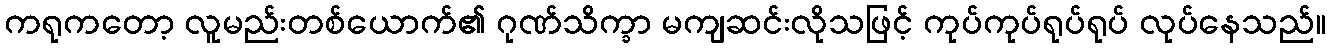
ကရုကတော့ လူမည်းတစ်ယောက်၏ ဂုဏ်သိက္ခာ မကျဆင်းလိုသဖြင့် ကုပ်ကုပ်ရုပ်ရုပ် လုပ်နေသည်။